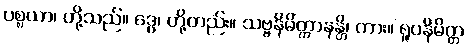
ပစ္စယာ၊ တို့သည်။ ဒွေ၊ တို့တည်း။ သဗ္ဗနိမိတ္တာနန္တိ၊ ကား။ ရူပနိမိတ္တ